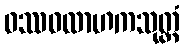
ဝဿဝလာဟကသုတ္တံ